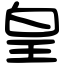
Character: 皇